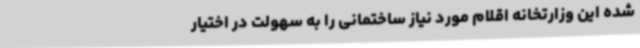
شده این وزارتخانه اقلام مورد نیاز ساختمانی را به سهولت در اختیار